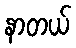
နာတယ်